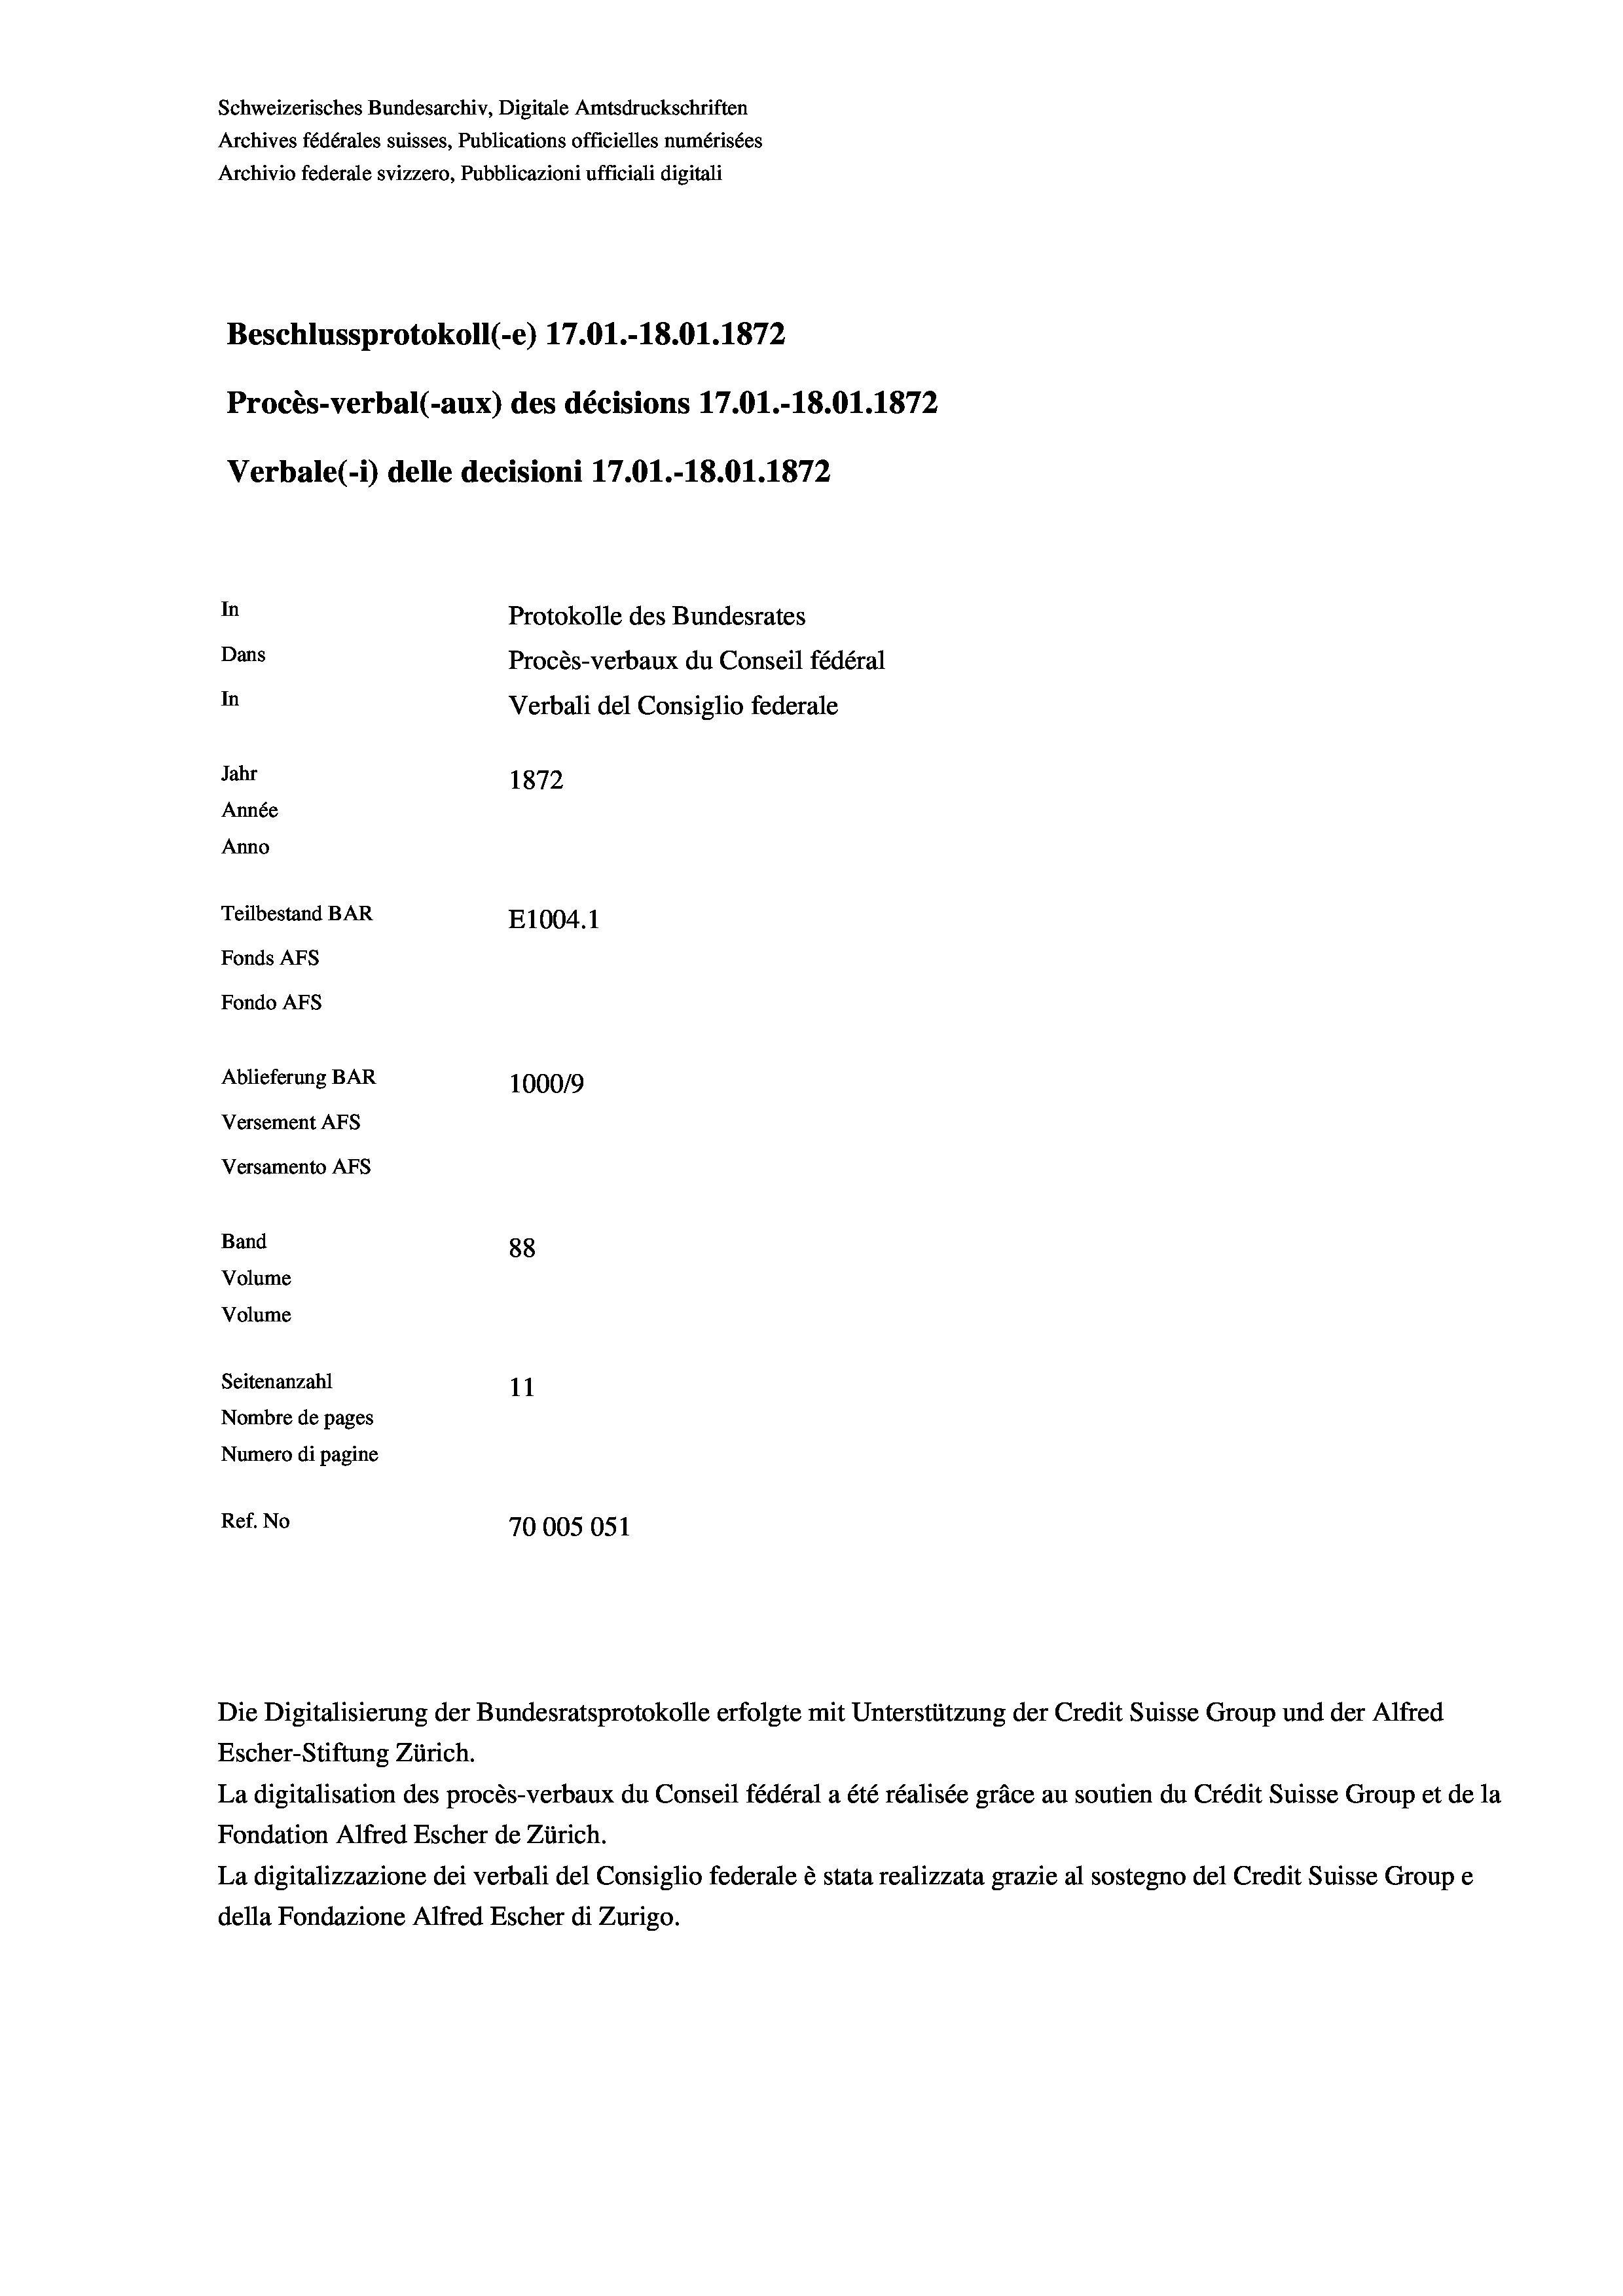
Schweizerisches Bundesarchiv, Digitale Amtsdruckschriften
Archives fédérales suisses, Publications officielles numérisées
Archivio federale svizzero, Pubblicazioni ufficiali digitali
Beschlussprotokoll (-e) 17.01.-18.01. 1872
Procès-verbal (-aux) des décisions 17.01.-18.01. 1872
Verbale (- 1) delle decisioni 17.01.-18.01. 1872
In
Protokolle des Bundesrates
Dans
Procès-verbaux du Conseil fédéral
In
Verbali del Consiglio federale
Jahr
1872
Année
Anno
Teilbestand BAR
E1004. 1
Fonds AFs
Fondo AFS
Ablieferung BAR
100019
Versement As
Versamento AFS
Band
88
Volume
Volume
Seitenanzahl
11
Nombre de pages
Numero di pagine
Ref. No
70005051

Escher-Stiftung Zürich.
La digitalisation des procès-verbaux du Conseil fédéral a été réalisée gräce au soutien du Crédit Suisse Group et de la
Fondation Alfred Escher de Zürich.
La digitalizzazione dei verbali del Consiglio federale è stata realizzata grazie al sostegno del Credit Suisse Groupe
della Fondazione Alfred Escher di Zurigo.

Die Digitalisierung der Bundesratsprotokolle erfolgte mit Unterstützung der Credit Suisse Group und der Alfred